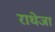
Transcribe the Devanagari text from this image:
राधेजा